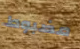
مضبوط